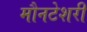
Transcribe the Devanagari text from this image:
मौनटेशरी